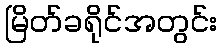
မြိတ်ခရိုင်အတွင်း